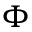
\Phi